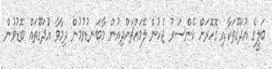
ބަލީގެ އުދަގޫތަކާއި ގޮހޮރަށް ކެންސަރު ޖެހުން ލޭމައްޗަށްދިއުން މާބަނޑުވުމުން ދިމާވާ އުދަގޫތައް ބޮޑުވުން